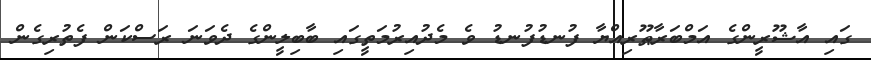
ގައި އާޝޫރީންގެ އަމްބަރާޠޫރިއްޔާ ފުނޑުފުނޑު ވެ މެދުއިރުމަތީގައި ބާބިލީންގެ ދެވަނަ ރަސްކަން ފެތުރިގެން